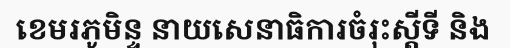
ខេមរភូមិន្ទ នាយសេនាធិការចំរុះស្តីទី និង